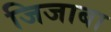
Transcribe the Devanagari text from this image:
जिजाबा